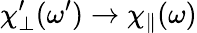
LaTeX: {\chi_{\perp}^{\prime}}(\omega^{\prime})\rightarrow\chi_{\parallel}(\omega)